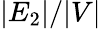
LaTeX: |E_{2}|/|V|